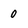
Character: 0